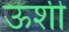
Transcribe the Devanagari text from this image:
ऊशी